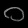
Digit: ၀